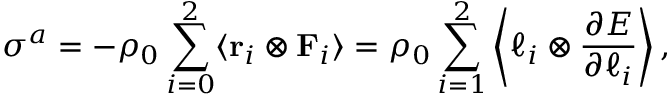
\boldsymbol { \sigma } ^ { a } = - \rho _ { 0 } \sum _ { i = 0 } ^ { 2 } \langle \mathbf { r } _ { i } \otimes \mathbf { F } _ { i } \rangle = \rho _ { 0 } \sum _ { i = 1 } ^ { 2 } \left\langle \boldsymbol { \ell } _ { i } \otimes \frac { \partial E } { \partial \boldsymbol { \ell } _ { i } } \right\rangle ,